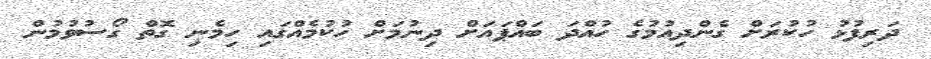
ދަރިފުޅު ހުކުރަށް ގެންދިއުމުގެ ހުއްދަ ބައްޕައަށް ދިނުމަށް ހުކުމެއްގައި ހިމެނި ގޮތް ގޯސުވުމުން